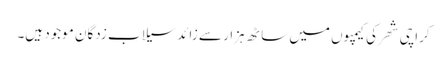
کراچی شھر کی کیمپوں میں ساٹھ ہزار سے زائد سیلاب زدگان موجود ہیں۔